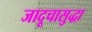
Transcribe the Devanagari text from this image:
जादूचासुद्धा